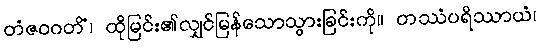
တံဇဝဂတိံ၊ ထိုမြင်း၏လျှင်မြန်သောသွားခြင်းကို။ တဿံပရိဿာယံ၊